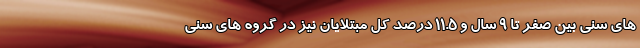
های سنی بین صفر تا ۹ سال و ۱۱.۵ درصد کل مبتلایان نیز در گروه های سنی